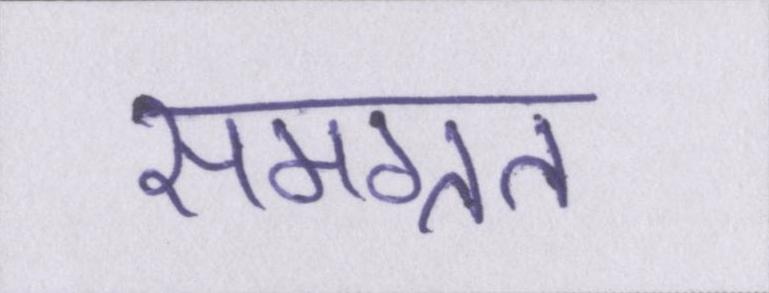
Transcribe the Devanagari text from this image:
समग्रत